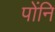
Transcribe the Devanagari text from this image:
पोंनि